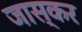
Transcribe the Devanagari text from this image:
जास्कर